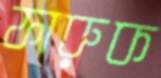
ফারুক